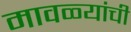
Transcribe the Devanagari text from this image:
मावळ्यांची